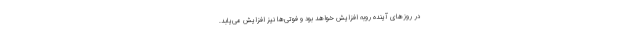
در روزهای آینده روبه افزایش خواهد بود و فوتی‌ها نیز افزایش می‌یابد.